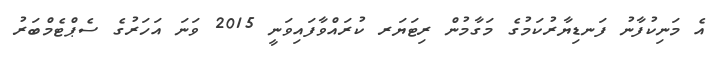
އެ މަނިކުފާނު ފަނޑިޔާރުކަމުގެ މަގާމުން ރިޓަޔަރ ކުރައްވާފައިވަނީ 2015 ވަނަ އަހަރުގެ ސެޕްޓެމްބަރު